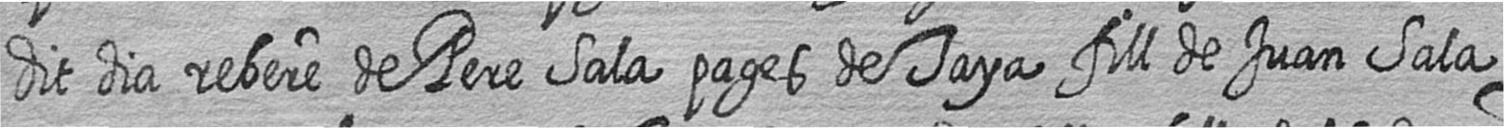
dit dia rebere de Pere Sala pages de Taya fill de Juan Sala